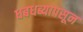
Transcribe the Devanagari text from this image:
धबधब्यापसून